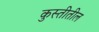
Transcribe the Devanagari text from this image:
कुस्तीतील